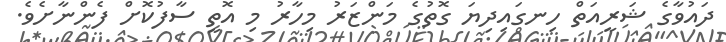
ދައުވާގެ ޝަރީއަތް ހިނގައިދިޔަ ގޮތުގެ މަންޒަރު މިހާރު މި އޮތީ ސާފުކޮށް ފެންނާށެވެ.